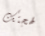
لهجتك